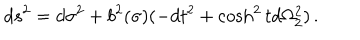
d s ^ { 2 } = d \sigma ^ { 2 } + b ^ { 2 } ( \sigma ) ( - d t ^ { 2 } + \cosh ^ { 2 } t d \Omega _ { 2 } ^ { 2 } ) \, .